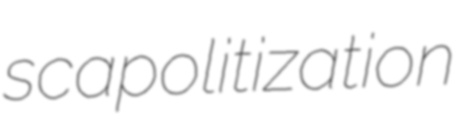
scapolitization